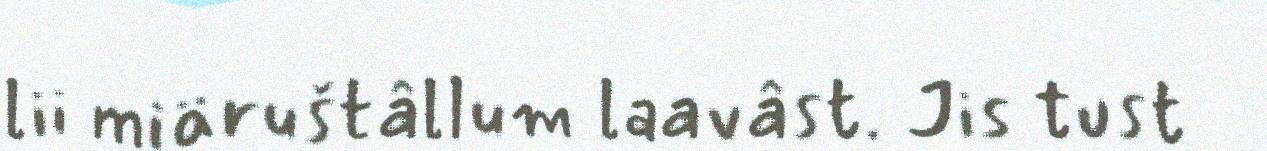
lii miäruštâllum laavâst. Jis tust